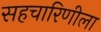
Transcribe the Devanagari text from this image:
सहचारिणीला